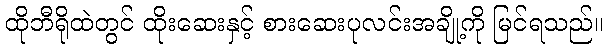
ထိုဘီရိုထဲတွင် ထိုးဆေးနှင့် စားဆေးပုလင်းအချို့ကို မြင်ရသည်။